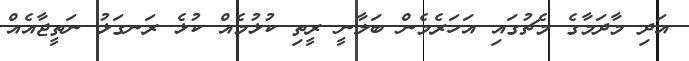
އަދި މާދަމާގެ މެޗުގައި އަހަރެމެން ބަލާނީ ރީތި ކުޅުމެއް ކުޅެ ރަނގަޅު ނަތީޖާއެއް